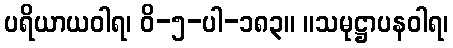
ပရိယာယဝါရ၊ ဝိ-၅-ပါ-၁၈၃။ ။သမုဋ္ဌာပနဝါရ၊